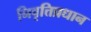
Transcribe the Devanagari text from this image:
निवृत्तिप्रधान